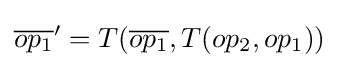
{\overline {op_{1}}}'=T({\overline {op_{1}}},T(op_{2},op_{1}))